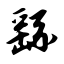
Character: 繇